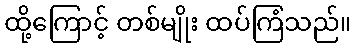
ထို့ကြောင့် တစ်မျိုး ထပ်ကြံသည်။